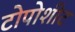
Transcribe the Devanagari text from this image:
टोपोशीट